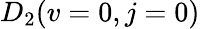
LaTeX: D_{2}(v=0,j=0)